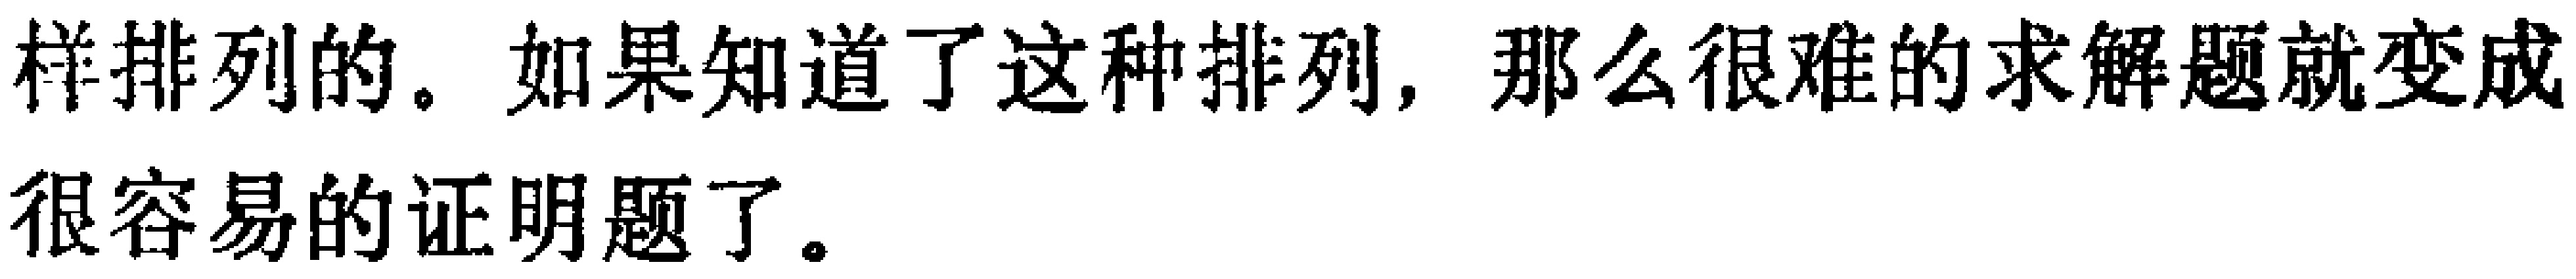
样排列的。如果知道了这种排列，那么很难的求解题就变成
很容易的证明题了。